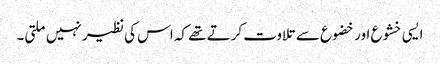
ایسی خشوع اور خضوع سے تلاوت کرتے تھے کہ اس کی نظیر نہیں ملتی۔